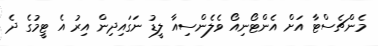
މެންޗެސްޓާ އަށް އެންޓޯނިއޯ ވެލެންސިއާ ލީޑު ނަގައިދިން އިރު އެ ޓީމުގެ ދެ